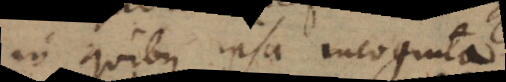
in quibus ipsa incognita.